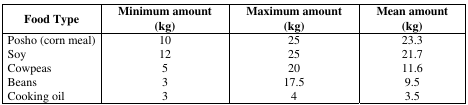
<table><thead><tr><td><b>Food Type</b></td><td><b>Minimum amount (kg)</b></td><td><b>Maximum amount (kg)</b></td><td><b>Mean amount (kg)</b></td></tr></thead><tbody><tr><td>Posho (corn meal)</td><td>10</td><td>25</td><td>23.3</td></tr><tr><td>Soy</td><td>12</td><td>25</td><td>21.7</td></tr><tr><td>Cowpeas</td><td>5</td><td>20</td><td>11.6</td></tr><tr><td>Beans</td><td>3</td><td>17.5</td><td>9.5</td></tr><tr><td>Cooking oil</td><td>3</td><td>4</td><td>3.5</td></tr></tbody></table>